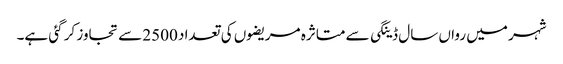
شہر میں رواں سال ڈینگی سے متاثرہ مریضوں کی تعداد 2500 سے تجاوز کر گئی ہے۔